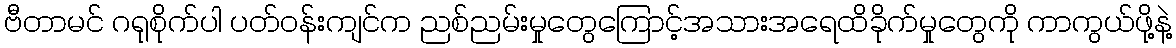
ဗီတာမင် ဂရုစိုက်ပါ ပတ်ဝန်းကျင်က ညစ်ညမ်းမှုတွေကြောင့်အသားအရေထိခိုက်မှုတွေကို ကာကွယ်ဖို့နဲ့